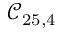
\mathcal { C } _ { 2 5 , 4 }